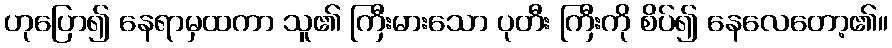
ဟုပြော၍ နေရာမှထကာ သူ၏ ကြီးမားသော ပုတီး ကြီးကို စိပ်၍ နေလေတော့၏။